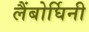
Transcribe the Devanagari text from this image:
लैंबोर्घिनी